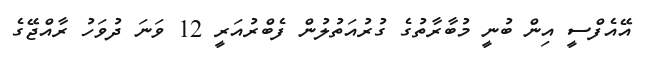
އޭއެފްސީ އިން ބުނީ މުބާރާތުގެ ގުރުއަތުލުން ފެބްރުއަރީ 12 ވަނަ ދުވަހު ރާއްޖޭގެ